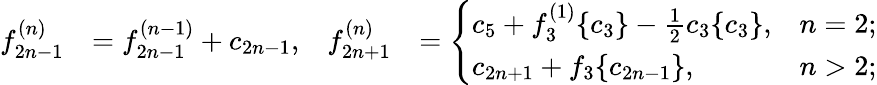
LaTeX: \begin{array}{rlrl}{f_{2n-1}^{(n)}}&{=f_{2n-1}^{(n-1)}+c_{2n-1},}&{f_{2n+1}^{(n)}}&{=\left\{ \begin{array}{ll}{c_{5}+f_{3}^{(1)}\{ c_{3}\} -\frac{1}{2}c_{3}\{ c_{3}\} ,}&{n=2;}\\ {c_{2n+1}+f_{3}\{ c_{2n-1}\} ,}&{n>2;}\end{array}\right.}\end{array}